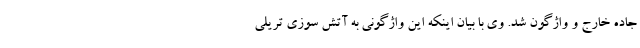
جاده خارج و واژگون شد. وی با بیان اینکه این واژگونی به آتش سوزی تریلی